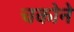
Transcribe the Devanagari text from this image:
चकोने